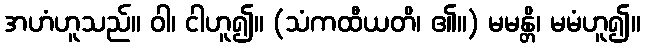
အဟံဟူသည်။ ဝါ၊ ငါဟူ၍။ (သံကထီယတိ၊ ၏။) မမန္တိ၊ မမံဟူ၍။